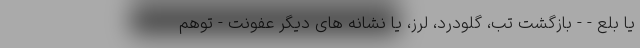
یا بلع - - بازگشت تب، گلودرد، لرز، یا نشانه های دیگر عفونت - توهم